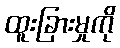
ထူးခြားမှုကို